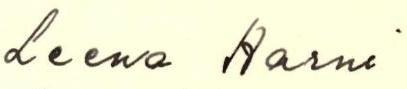
Leena Harni